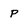
Character: P